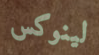
لينوكس